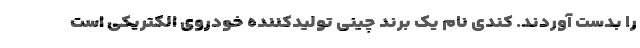
را بدست آوردند. کندی نام یک برند چینی تولیدکننده خودروی الکتریکی است